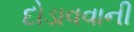
દોડાવવાની